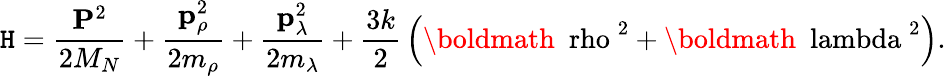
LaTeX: \mathtt{H}={\frac{{{\mathbf{P}}^{2}}}{{2M_{N}}}}+{\frac{{{\mathbf{p}}_{\rho}^{2}}}{{2m_{\rho}}}}+{\frac{{{\mathbf{p}}_{\lambda}^{2}}}{{2m_{\lambda}}}}+{\frac{{3k}}{{2}}}\left({\mathrm{{\boldmath~\ rho~}}}^{2}+{\mathrm{{\boldmath~\ lambda~}}}^{2}\right).